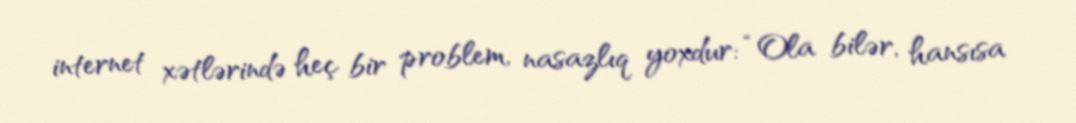
internet xətlərində heç bir problem, nasazlıq yoxdur: “Ola bilər, hansısa